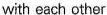
with each other